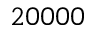
2 0 0 0 0